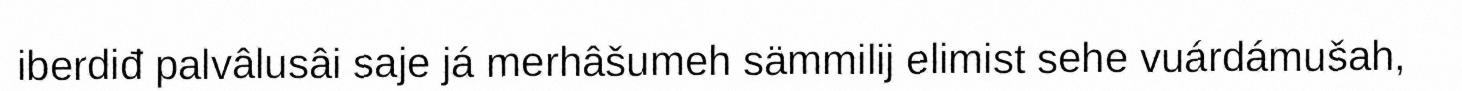
iberdiđ palvâlusâi saje já merhâšumeh sämmilij elimist sehe vuárdámušah,